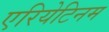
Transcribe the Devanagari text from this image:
एरियेटिनम